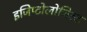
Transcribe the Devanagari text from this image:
इजिप्टोलोजिस्ट